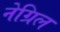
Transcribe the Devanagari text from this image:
नेग्रिल